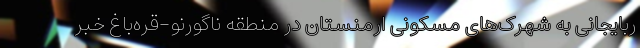
ربایجانی به شهرک‌های مسکونی ارمنستان در منطقه ناگورنو-قره‌باغ خبر